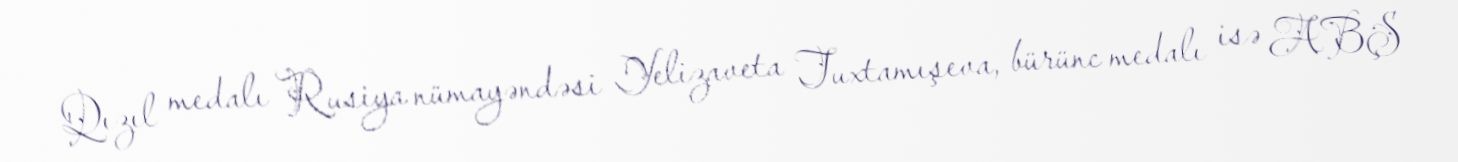
Qızıl medalı Rusiya nümayəndəsi Yelizaveta Tuxtamışeva, bürünc medalı isə ABŞ